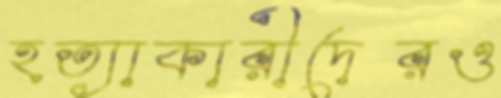
হত্যাকারীদেরও